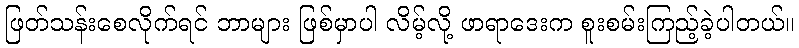
ဖြတ်သန်းစေလိုက်ရင် ဘာများ ဖြစ်မှာပါ လိမ့်လို့ ဖာရာဒေးက စူးစမ်းကြည့်ခဲ့ပါတယ်။